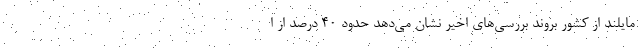
مایلند از کشور بروند بررسی‌های اخیر نشان می‌دهد حدود ۴۰ درصد از ا